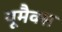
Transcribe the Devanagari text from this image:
यूमैक्स